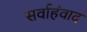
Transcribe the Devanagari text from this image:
सर्वाहंवाद